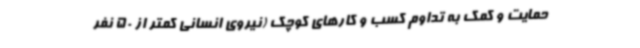
حمایت و کمک به تداوم کسب و کارهای کوچک (نیروی انسانی کمتر از 50 نفر